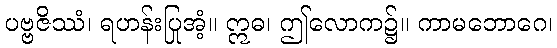
ပဗ္ဗဇိဿံ၊ ရဟန်းပြုအံ့။ ဣဓ၊ ဤလောက၌။ ကာမဘောဂေ၊